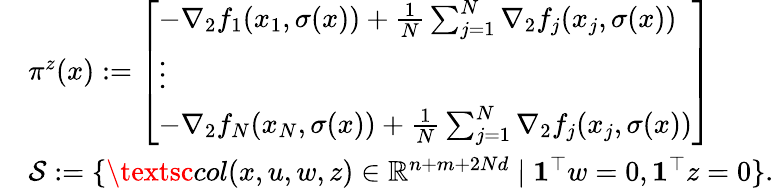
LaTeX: \begin{array}{rl}&{\pi^{z}(x):=\left[\begin{array}{l}{-\nabla_{2}f_{1}(x_{1},\sigma(x))+\frac{1}{N}\sum_{j=1}^{N}\nabla_{2}f_{j}(x_{j},\sigma(x))}\\ {\vdots}\\ {-\nabla_{2}f_{N}(x_{N},\sigma(x))+\frac{1}{N}\sum_{j=1}^{N}\nabla_{2}f_{j}(x_{j},\sigma(x))}\end{array}\right]}\\ &{\mathcal{S}:=\{ \textsc{col}(x,u,w,z)\in\mathbb{R}^{n+m+2Nd}\mid\mathbf{1}^{\top}w=0,\mathbf{1}^{\top}z=0\} .}\end{array}